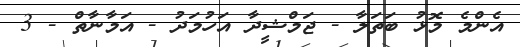
އެންމެ މޮޅު ބަތަލާ - ޖަމްޝީދާ އަހުމަދު - އަމާނާތް - 3